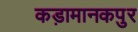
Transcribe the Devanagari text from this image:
कड़ामानकपुर